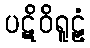
ပဋိဝိရူဠှံ